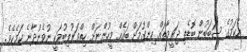
އެކަމުގެ ސަބަބުން ބޮޑެތި ޖަރީމާތައް ހިންގުމަށް ބައެއް މީހުންނަށް ހިތްވަރުލިބުމަކީ ނުވެނުދާނެ ކަމެކެވެ.